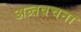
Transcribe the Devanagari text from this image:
अन्र्तवचना